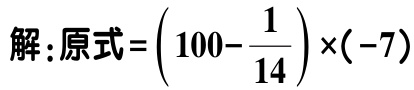
解：原式=\(\left(100 - \dfrac{1}{14}\right)\times(-7)\)